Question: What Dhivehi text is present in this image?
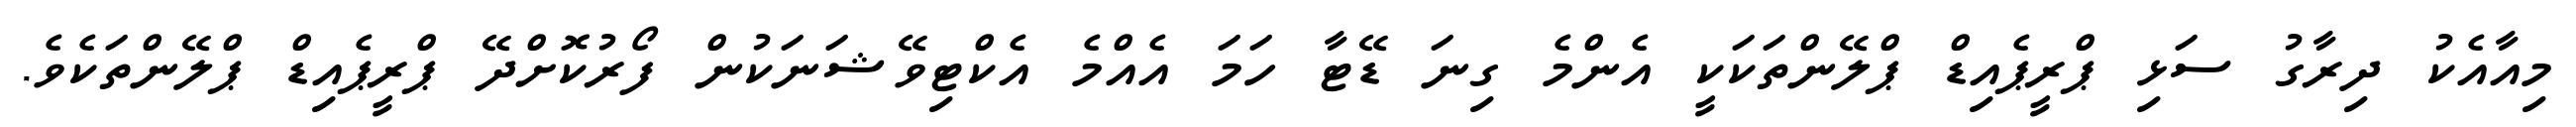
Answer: މިއާއެކު ދިރާގު ސަޅި ޕްރީޕެއިޑް ޕްލޭންތަކަކީ އެންމެ ގިނަ ޑޭޓާ ހަމަ އެއްމެ އެކްޓިވޭޝަނަކުން ފޯރުކޮށްދޭ ޕްރީޕެއިޑް ޕްލޭންތަކެވެ.